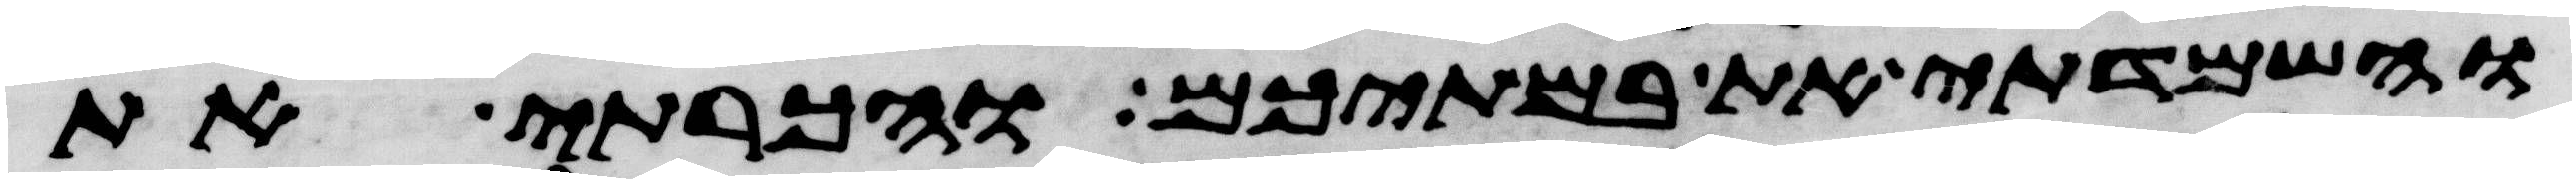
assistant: והשמדתי את במתיכם והכרתי את